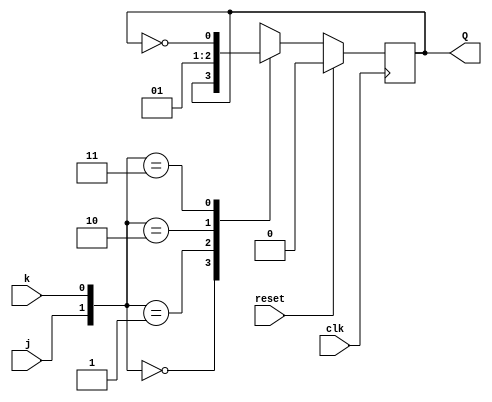
module jk_ff(j,k,clk,reset,Q);
input j,k,clk,reset;
output reg Q;
    always@(negedge clk)
          begin
            if(reset)
            Q <= 1'b0;
            else  begin
                  case({j,k})
                  2'b00: Q<= Q;
                  2'b01: Q<= 1'b0;
                  2'b10: Q<= 1'b1;
                  2'b11: Q<= ~Q;
                  default:begin end
                  endcase
         end          
end
endmodule

module async_4bit_count(j,k,clock,reset,q);
input j,k;
input clock,reset;
output [3:0]q;
jk_ff JK1(j,k,clock,reset,q[0]);
jk_ff JK2(j,k,q[0],reset,q[1]);
jk_ff JK3(j,k,q[1],reset,q[2]);
jk_ff JK4(j,k,q[2],reset,q[3]);
endmodule